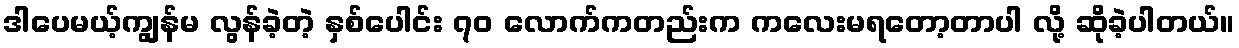
ဒါပေမယ့်ကျွန်မ လွန်ခဲ့တဲ့ နှစ်ပေါင်း ၇၀ လောက်ကတည်းက ကလေးမရတော့တာပါ လို့ ဆိုခဲ့ပါတယ်။